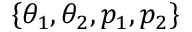
\{ \theta _ { 1 } , \theta _ { 2 } , p _ { 1 } , p _ { 2 } \}